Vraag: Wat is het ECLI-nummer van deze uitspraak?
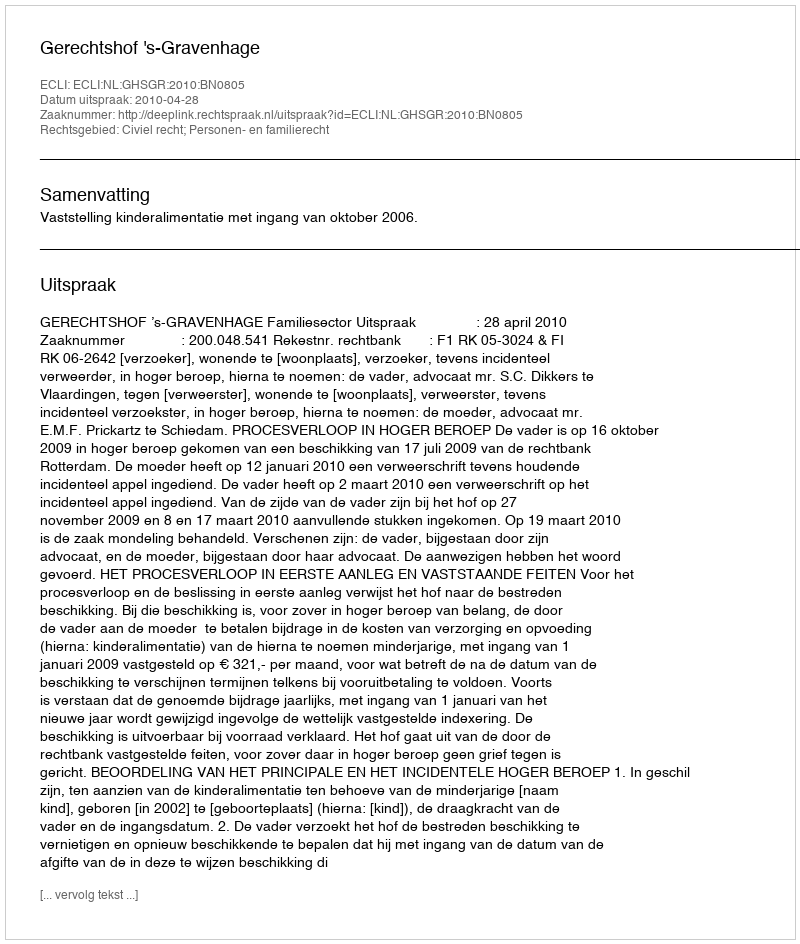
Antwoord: ECLI:NL:GHSGR:2010:BN0805